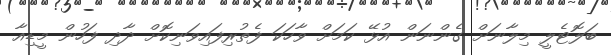
ބަލޮޓެލީ މިލާނަށް ގެންނަން އުޅޭ ކަމަށް ވާހަކަ ފެތުރިފައިވަނިކޮށް ދާދި ފަހުން މީޑިއާ